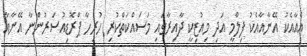
އެއާއެކު އޭނާއާއެކު ފިލްމީ އަދި މިއުޒިކީ ދާއިރާގައި މަސައްކަތްކުރި ހުރިހާ ޕްރޮޑިއުސަރުންނާ އޭނާއާ